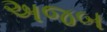
અજબ